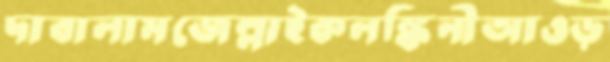
দাবালামজেল্লাইকলঙ্কিনীআওড়